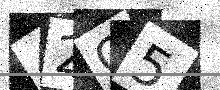
Text: 42Q5